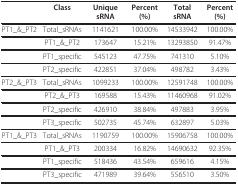
<table><thead><tr><td></td><td><b>Class</b></td><td><b>Unique sRNA</b></td><td><b>Percent (%)</b></td><td><b>Total sRNA</b></td><td><b>Percent (%)</b></td></tr></thead><tbody><tr><td>PT1_&amp;_PT2</td><td>Total_sRNAs</td><td>1141621</td><td>100.00%</td><td>14533942</td><td>100.00%</td></tr><tr><td></td><td>PT1_&amp;_PT2</td><td>173647</td><td>15.21%</td><td>13293850</td><td>91.47%</td></tr><tr><td></td><td>PT1_specific</td><td>545123</td><td>47.75%</td><td>741310</td><td>5.10%</td></tr><tr><td></td><td>PT2_specific</td><td>422851</td><td>37.04%</td><td>498782</td><td>3.43%</td></tr><tr><td>PT2_&amp;_PT3</td><td>Total_sRNAs</td><td>1099233</td><td>100.00%</td><td>12591748</td><td>100.00%</td></tr><tr><td></td><td>PT2_&amp;_PT3</td><td>169588</td><td>15.43%</td><td>11460968</td><td>91.02%</td></tr><tr><td></td><td>PT2_specific</td><td>426910</td><td>38.84%</td><td>497883</td><td>3.95%</td></tr><tr><td></td><td>PT3_specific</td><td>502735</td><td>45.74%</td><td>632897</td><td>5.03%</td></tr><tr><td>PT1_&amp;_PT3</td><td>Total_sRNAs</td><td>1190759</td><td>100.00%</td><td>15906758</td><td>100.00%</td></tr><tr><td></td><td>PT1_&amp;_PT3</td><td>200334</td><td>16.82%</td><td>14690632</td><td>92.35%</td></tr><tr><td></td><td>PT1_specific</td><td>518436</td><td>43.54%</td><td>659616</td><td>4.15%</td></tr><tr><td></td><td>PT3_specific</td><td>471989</td><td>39.64%</td><td>556510</td><td>3.50%</td></tr></tbody></table>